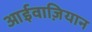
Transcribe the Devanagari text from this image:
आईवाज़ियान